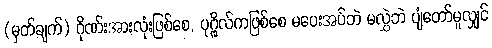
(မှတ်ချက်) ဂိုဏ်းအားလုံးဖြစ်စေ, ပုဂ္ဂိုလ်ကဖြစ်စေ မပေးအပ်ဘဲ မလွှဲဘဲ ပျံတော်မူလျှင်